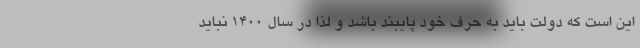
این است که دولت باید به حرف خود پایبند باشد و لذا در سال ۱۴۰۰ نباید